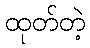
ထုတ်တဲ့